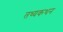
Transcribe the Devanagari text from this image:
तथ्यकथन